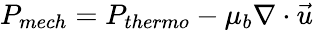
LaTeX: P_{mech}=P_{thermo}-\mu_{b}\nabla\cdot\vec{u}